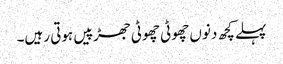
پہلے کچھ دنوں چھوٹی چھوٹی جھڑپیں ہوتی رہیں۔